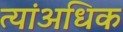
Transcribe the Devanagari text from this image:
त्यांअधिक